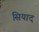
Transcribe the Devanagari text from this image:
सियाद